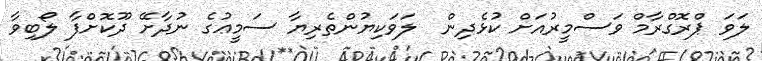
ލަވަ ޕްރޮގްރާމް ވަސްމީރުއަށް ކުޅެދިން  ލަވަކިޔުންތެރިޔާ ސަމީޢުގެ ނުދާށޭ ދޫކޮށްފާ ލޯބިވާ